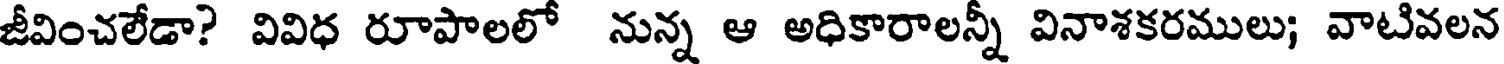
జీవించలేడా? వివిధ రూపాలలో నున్న ఆ అధికారాలన్నీ వినాశకరములు; వాటివలన